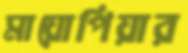
মায়োপিয়ার